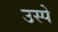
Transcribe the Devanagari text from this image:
उस्पे